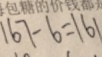
1 6 7 - 6 = 1 6 1